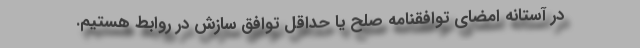
در آستانه امضای توافقنامه صلح یا حداقل توافق سازش در روابط هستیم.